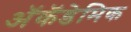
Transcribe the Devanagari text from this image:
ॲकॅडेमिक